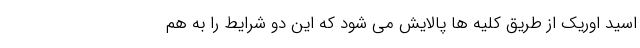
اسید اوریک از طریق کلیه ها پالایش می شود که این دو شرایط را به هم